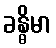
ခန္ဓိမာ